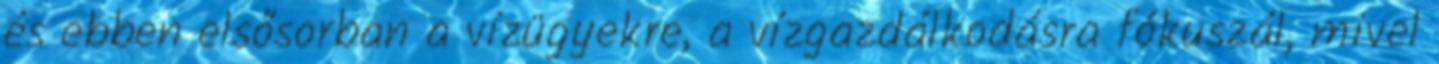
és ebben elsősorban a vízügyekre, a vízgazdálkodásra fókuszál, mivel